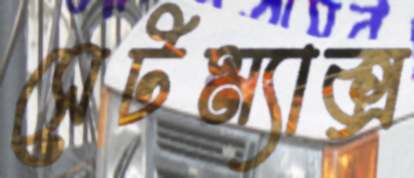
সেটম্যাক্স